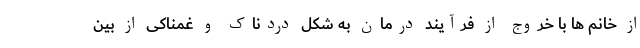
از خانم ها با خروج از فرآیند درمان به شکل دردناک و غمناکی از بین